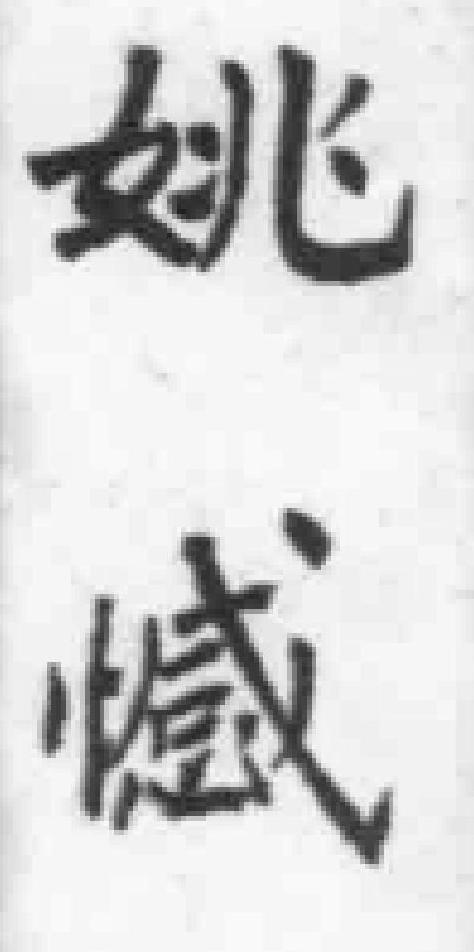
姚憾